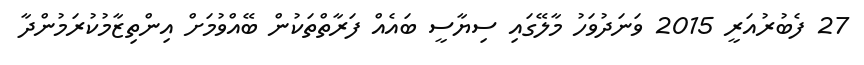
27 ފެބުރުއަރީ 2015 ވަނަދުވަހު މާލޭގައި ސިޔާސީ ބައެއް ފަރާތްތަކުން ބޭއްވުމަށް އިންތިޒާމުކުރަމުންދާ